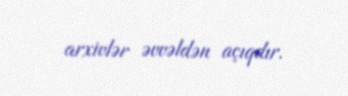
arxivlər əvvəldən açıqdır.